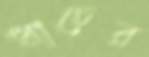
ধাচের